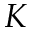
K